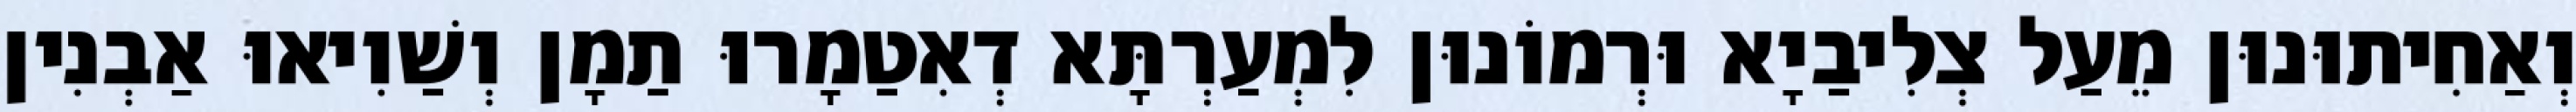
וְאַחִיתוּנוּן מֵעַל צְלִיבַיָא וּרְמוֹנוּן לִמְעַרְתָּא דְאִטַמָרוּ תַמָן וְשַׁוִיאוּ אַבְנִין